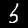
Digit: 5